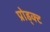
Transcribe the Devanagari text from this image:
प्रोड्क्ट